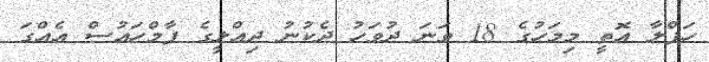
ހަފްލާ އޮތީ މިމަހުގެ 18 ވަނަ ދުވަހު ދެކުނު ދިއްލީގެ ފާމްހައުސް އެއްގަ